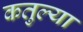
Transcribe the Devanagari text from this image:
कतुल्या